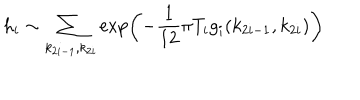
h _ { i } \sim \sum _ { k _ { 2 i - 1 } , k _ { 2 i } } \exp \left( - \frac { 1 } { 1 2 } \pi T _ { i } g _ { i } ( k _ { 2 i - 1 } , k _ { 2 i } ) \right)